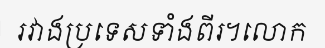
រវាងប្រទេសទាំងពីរ។លោក